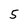
Character: 5